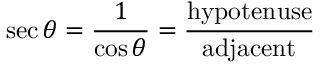
\sec \theta = { \frac { 1 } { \cos \theta } } = { \frac { \mathrm { h y p o t e n u s e } } { \mathrm { a d j a c e n t } } }